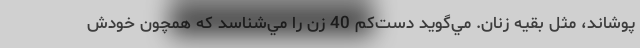
پوشاند، مثل بقيه زنان. مي‌گويد دست‌كم 40 زن را مي‌شناسد كه همچون خودش